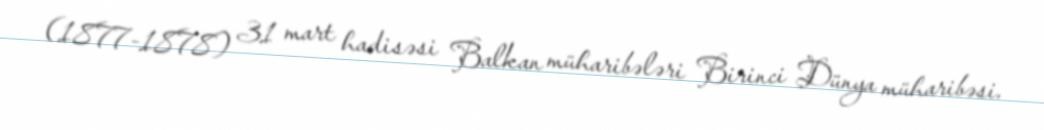
(1877-1878) 31 mart hadisəsi Balkan müharibələri Birinci Dünya müharibəsi.